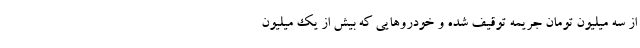
از سه میلیون تومان جریمه توقیف شده و خودروهایی که بیش از یک میلیون